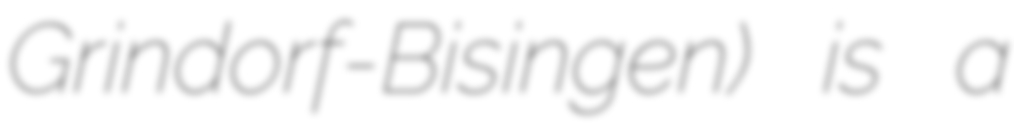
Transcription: Grindorf-Bisingen) is a